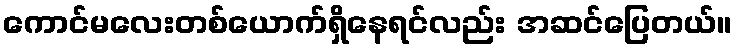
ကောင်မလေးတစ်ယောက်ရှိနေရင်လည်း အဆင်ပြေတယ်။